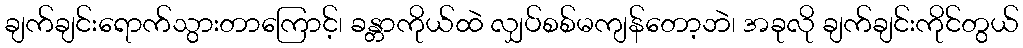
ချက်ချင်းရောက်သွားတာကြောင့်၊ ခန္တာကိုယ်ထဲ လျှပ်စစ်မကျန်တော့ဘဲ၊ အခုလို ချက်ချင်းကိုင်တွယ်